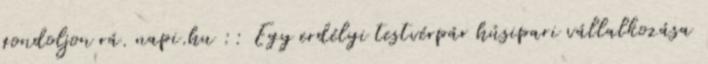
gondoljon rá. napi.hu :: Egy erdélyi testvérpár húsipari vállalkozása